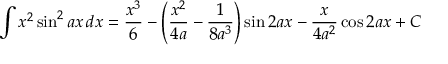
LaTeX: \int x ^ { 2 } \sin ^ { 2 } { a x } \, d x = { \frac { x ^ { 3 } } { 6 } } - \left( { \frac { x ^ { 2 } } { 4 a } } - { \frac { 1 } { 8 a ^ { 3 } } } \right) \sin 2 a x - { \frac { x } { 4 a ^ { 2 } } } \cos 2 a x + C